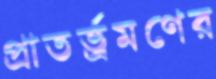
প্রাতর্ভ্রমণের